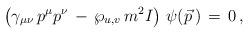
LaTeX: \begin{align*}\left(\gamma_{\mu\nu}\,p^\mu p^\nu\,-\,{\wp_{u,v}}\,m^{2} I\right)\,\psi(\vec p\,)\,=\,0\,,\end{align*}